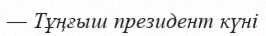
— Тұңғыш президент күні